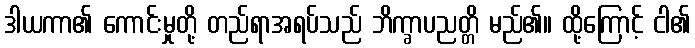
ဒါယကာ၏ ကောင်းမှုတို့ တည်ရာအရပ်သည် ဘိက္ခာပညတ္တိ မည်၏။ ထို့ကြောင့် ငါ၏